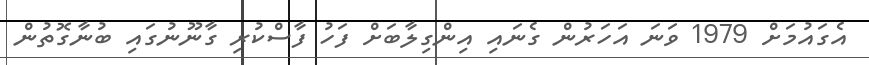
އެގައުމަށް 1979 ވަނަ އަހަރުން ގެނައި އިންގިލާބަށް ފަހު ފާސްކުރި ގާނޫނުގައި ބުނާގޮތުން